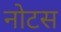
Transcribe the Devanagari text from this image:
नोटस